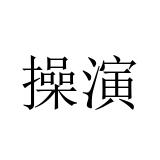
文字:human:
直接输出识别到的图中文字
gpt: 操演